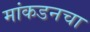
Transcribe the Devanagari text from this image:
मांकडनचा